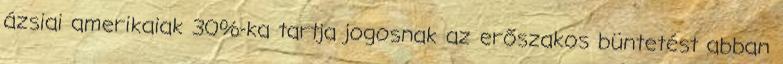
ázsiai amerikaiak 30%-ka tartja jogosnak az erőszakos büntetést abban